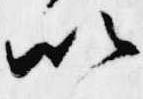
以